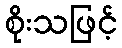
စိုးသဖြင့်